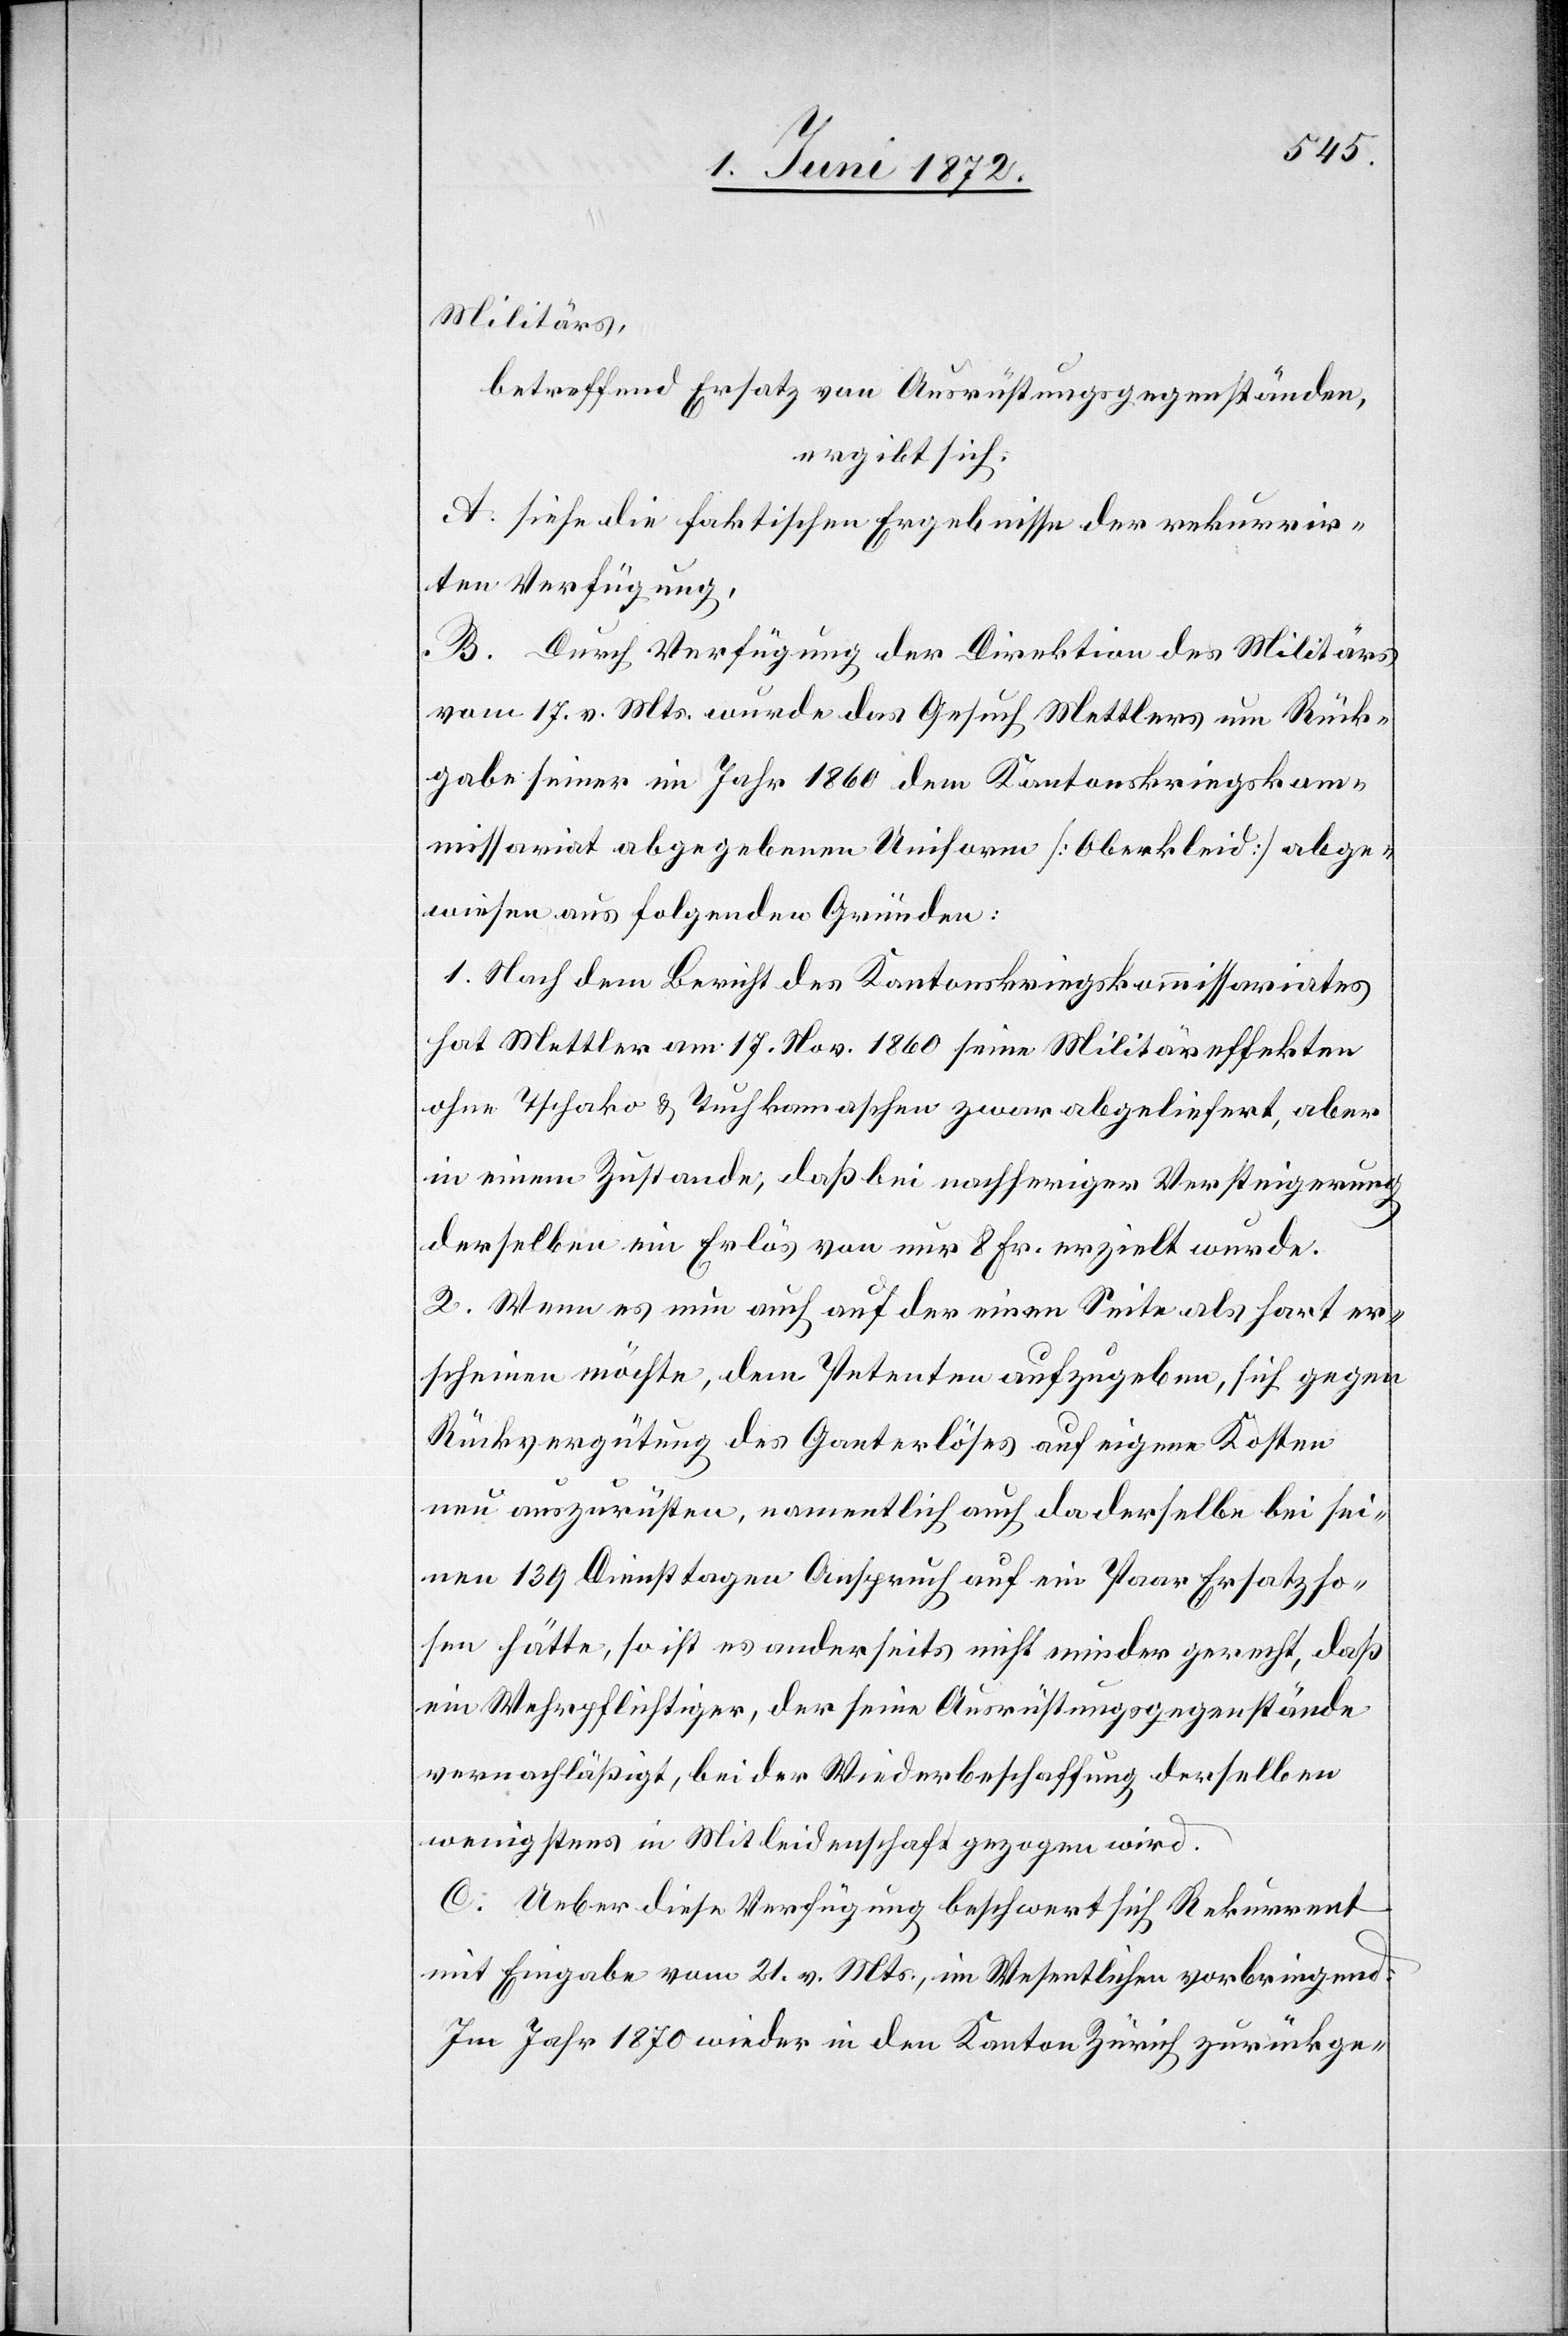
Militärs,
betreffend Ersatz von Ausrüstungsgegenständen,
ergibt sich:
A. siehe die faktischen Ergebnisse der rekurrir¬
ten Verfügung,
B. Durch Verfügung der Direktion des Militärs
vom 17. v. Mts. wurde das Gesuch Mettlers um Rück¬
gabe seiner im Jahr 1860 dem Kantonskriegskom¬
missariat abgegebenen Uniform [Oberkleid] abge¬
wiesen aus folgenden Gründen:
1. Nach dem Bericht des Kantonskriegskommissariates
hat Mettler am 17. Nov. 1860 seine Militäreffekten
ohne Tschako u. Tuchkamaschen zwar abgeliefert, aber
in einem Zustande, daß bei nachheriger Versteigerung
derselben ein Erlös von nur 8 Fr. erzielt wurde.
2. Wenn es nun auch auf der einen Seite als hart er¬
scheinen möchte, dem Petenten aufzugeben, sich gegen
Rückvergütung des Ganterlöses auf eigene Kosten
neu auszurüsten, namentlich auch da derselbe bei sei¬
nen 139 Diensttagen Anspruch auf ein Paar Ersatzho¬
sen hätte, so ist es anderseits nicht minder gerecht, daß
ein Wehrpflichtiger, der seine Ausrüstungsgegenstände
vernachläßigt, bei der Wiederbeschaffung derselben
wenigstens in Mitleidenschaft gezogen wird.
C. Ueber diese Verfügung beschwert sich Rekurrent
mit Eingabe vom 21. v. Mts., im Wesentlichen vorbringend:
Im Jahr 1870 wieder in den Kanton Zürich zurückge-